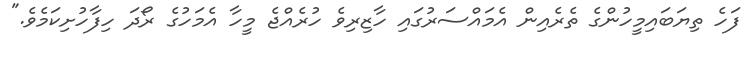
ފަހެ ތިޔަބައިމީހުންގެ ތެރެއިން އެމައްސަރުގައި ހާޒިރިވެ ހުރެއްޖެ މީހާ އެމަހުގެ ރޯދަ ހިފާހުށިކަމެވެ."